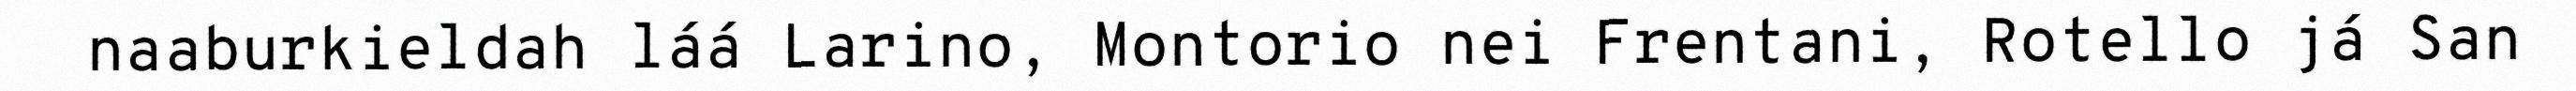
naaburkieldah láá Larino, Montorio nei Frentani, Rotello já San